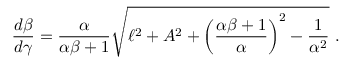
\frac { d \beta } { d \gamma } = \frac { \alpha } { \alpha \beta + 1 } \sqrt { \ell ^ { 2 } + A ^ { 2 } + \left( \frac { \alpha \beta + 1 } { \alpha } \right) ^ { 2 } - \frac { 1 } { \alpha ^ { 2 } } } \ .